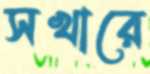
সখারে